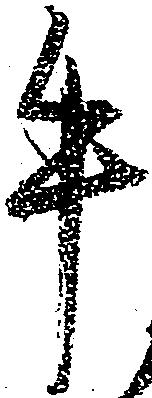
牛